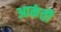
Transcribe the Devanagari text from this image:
आकंती